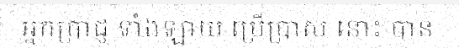
អ្នកប្រាជ្ញ ទាំងឡាយ ប្រើប្រាស នោះ បាន